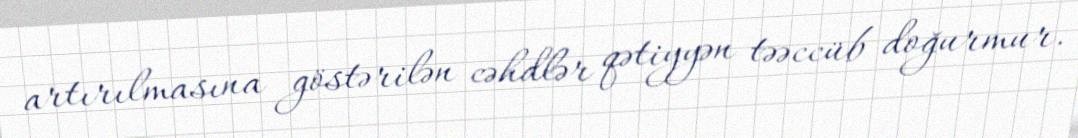
artırılmasına göstərilən cəhdlər qətiyyən təəccüb doğurmur.